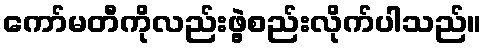
ကော်မတီကိုလည်းဖွဲ့စည်းလိုက်ပါသည်။